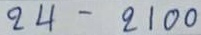
24 - 2100